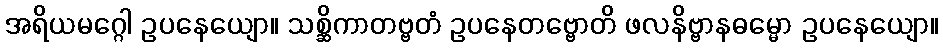
အရိယမဂ္ဂေါ ဥပနေယျော။ သစ္ဆိကာတဗ္ဗတံ ဥပနေတဗ္ဗောတိ ဖလနိဗ္ဗာနဓမ္မော ဥပနေယျော။